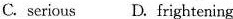
C.serious D. frightening